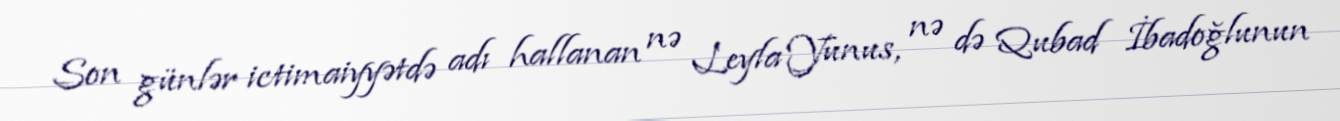
Son günlər ictimaiyyətdə adı hallanan nə Leyla Yunus, nə də Qubad İbadoğlunun